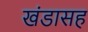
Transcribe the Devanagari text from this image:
खंडासह